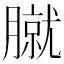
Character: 𦠢